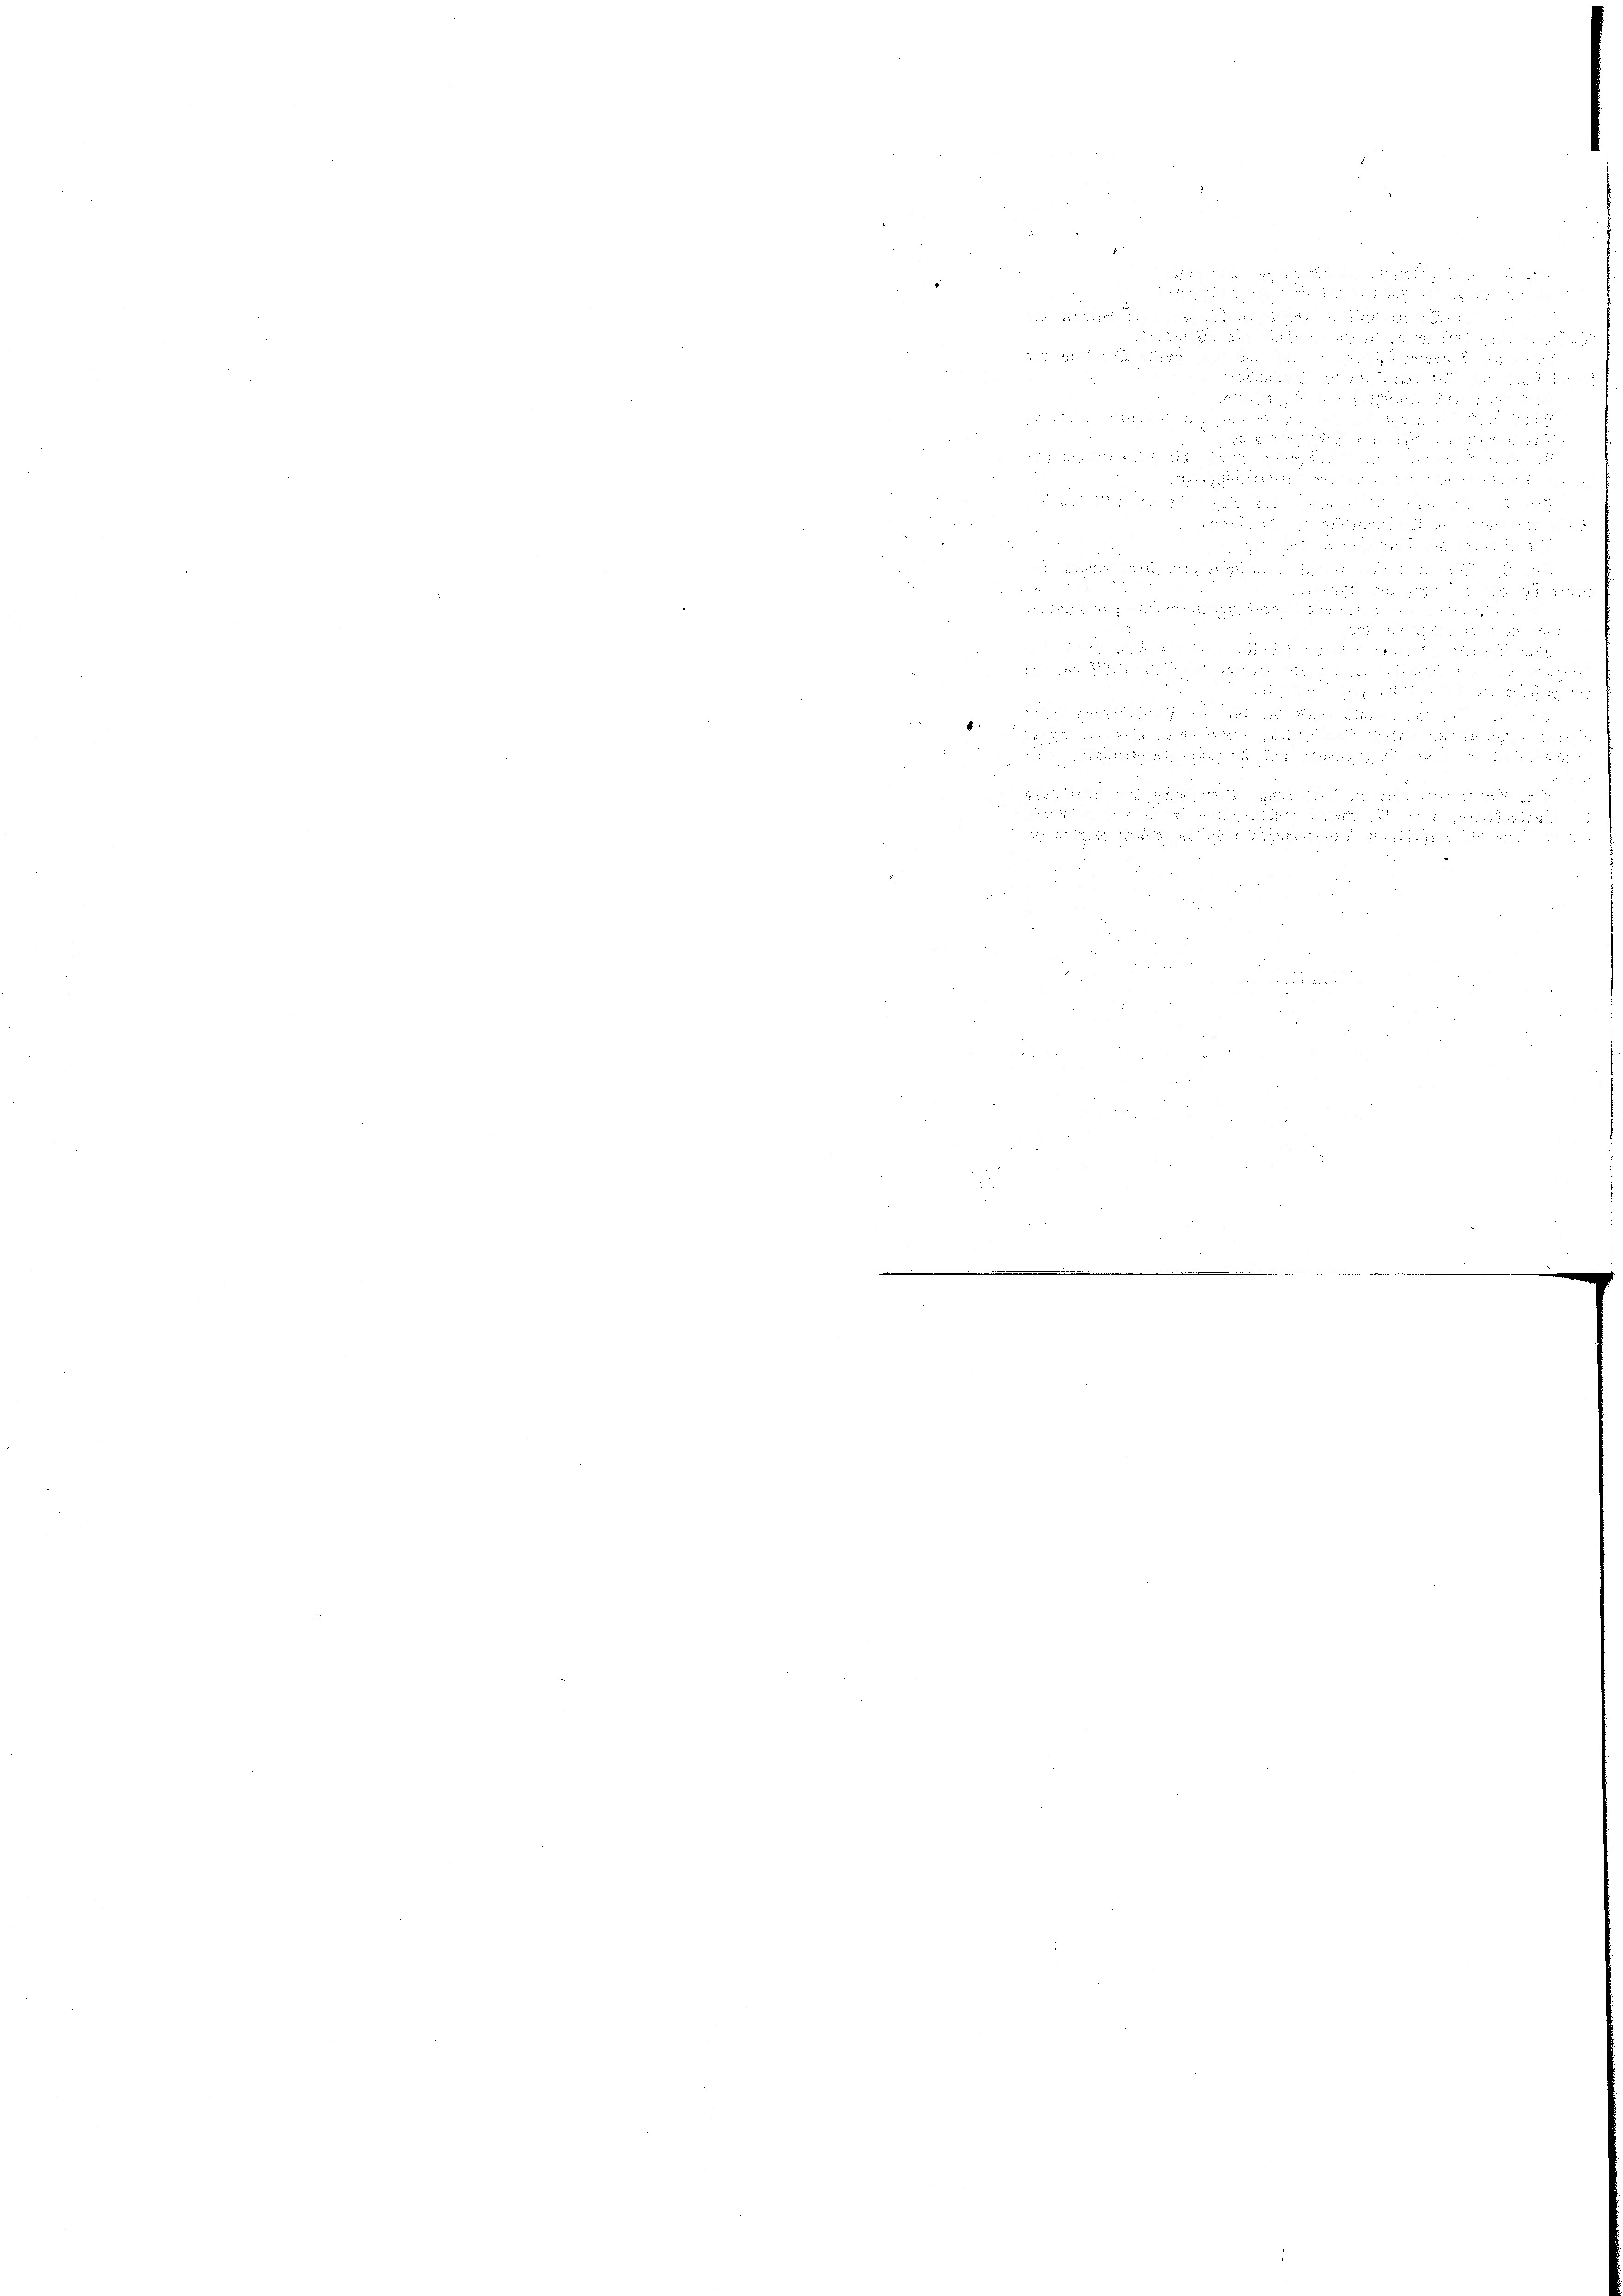
e

x

.
a

8
 nicht

 e f g
d es sich da sie

e

e
.
n
h an die est

2
 a des

22

i